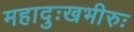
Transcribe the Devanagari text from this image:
महादुःखभीरुः